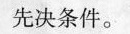
先决条件。